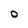
Character: 0